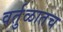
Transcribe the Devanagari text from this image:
वर्तुळातच